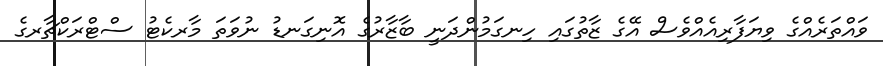
ވައްތަރެއްގެ ވިޔަފާރިއެއްވެސް އޭގެ ޒާތުގައި ހިނގަމުންދަނީ ބާޒާރުގެ އޮނިގަނޑު ނުވަތަ މާރކެޓު ސްޓްރަކްޗާރގެ